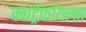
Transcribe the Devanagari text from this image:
क्वाट्रेफॉयल्स